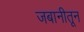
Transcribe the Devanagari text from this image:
जबानीतून